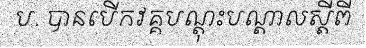
ប. បានបើកវគ្គបណ្តុះបណ្តាលស្តីពី